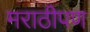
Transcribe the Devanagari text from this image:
मराठीपण